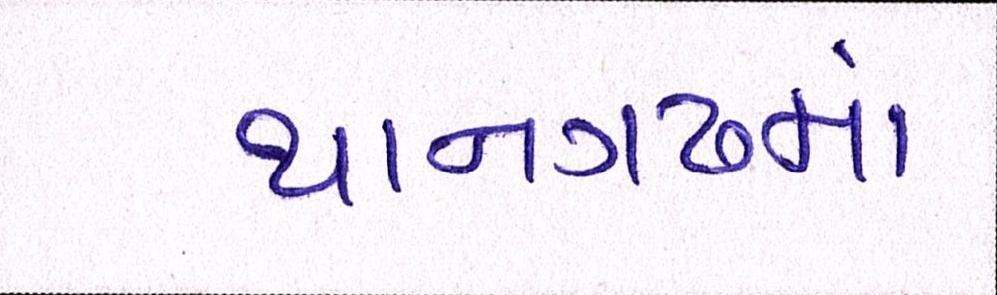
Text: થાનગઢમાં